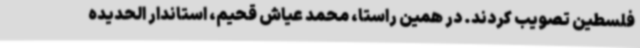
فلسطین تصویب کردند. در همین راستا، محمد عیاش قحیم، استاندار الحدیده